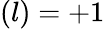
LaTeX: (l)=+1